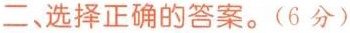
二选择正确的答案。(6分)